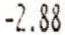
-2.88